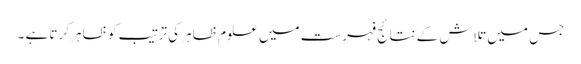
جس میں تلاش کے نتائج فہرست میں علوم ظاہر کی ترتیب کو ظاہر کرتا ہے ۔